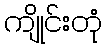
ကျိုင်းတုံ